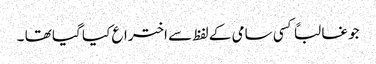
جو غالباً کسی سامی کے لفظ سے اختراع کیا گیا تھا ۔